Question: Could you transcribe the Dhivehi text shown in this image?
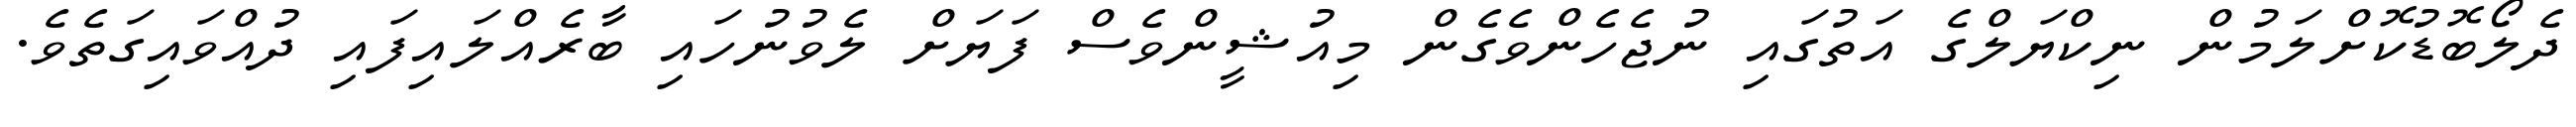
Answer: ދެލޯބޮޑުކޮށްލަމުން ނިކްޔަލްގެ އަތުގައި ނުޖެހެންވެގެން މިއުޝީންވެސް ފަޔަށް ލެވުނުހައި ބާރެއްލައިފައި ދުއްވައިގަތެވެ.